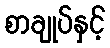
စာချုပ်နှင့်